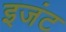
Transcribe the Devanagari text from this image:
इजंट